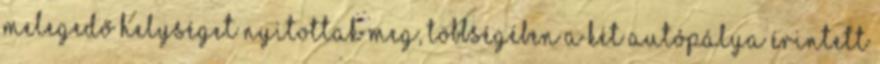
melegedő helységet nyitottak meg, többségében a két autópálya érintett